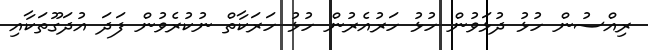
ރިއްސުން ހުޅު ދުޅަވުން ހުޅު ހަރުއެރުން ހުޅު ހަރަކާތް ނުކުރެވުން ފަދަ އުދަގޫތަކާއި